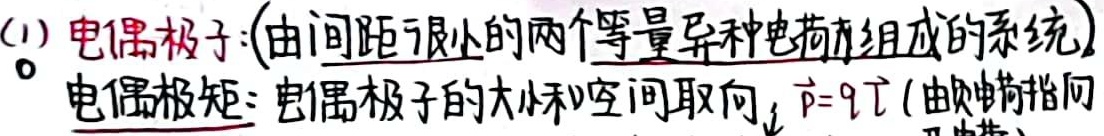
(1) 电偶极子：(由间距很小的两个等量异种电荷组成的系统)。
电偶极矩：电偶极子的大小和空间取向，$\vec{p}=q\vec{l}$(由负电荷指向